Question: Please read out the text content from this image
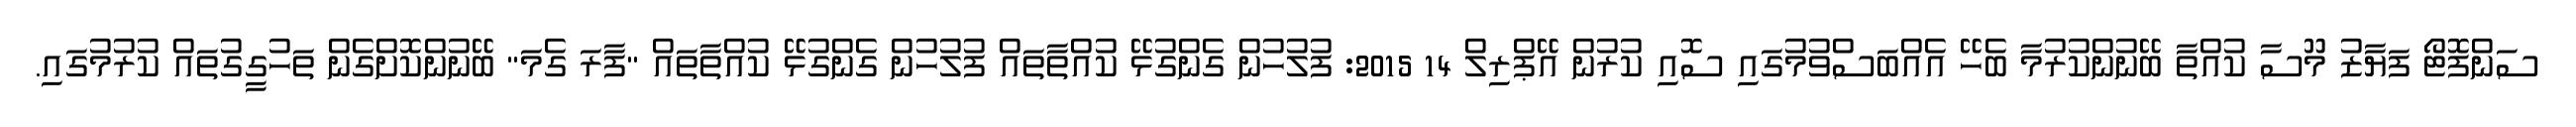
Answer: ސަންފޮޓޯ ފަޔާޒު މޫސާ ކުއްތާ ބޭނުންކުރުމާ ބެހޭ އެއްބަސްވުމުގައި ސޮއި ކުރުން އޭޕްރިލް 14 2015: ފުލުހުން ގެންގުޅޭ ކުއްތާތައް ފުލުހުން ގެންގުޅޭ ކުއްތާތައް "ފާރަ ގެމަ" ބޭނުންކޮށްގެން ތަހުގީގުތައް ކުރުމުގައި.